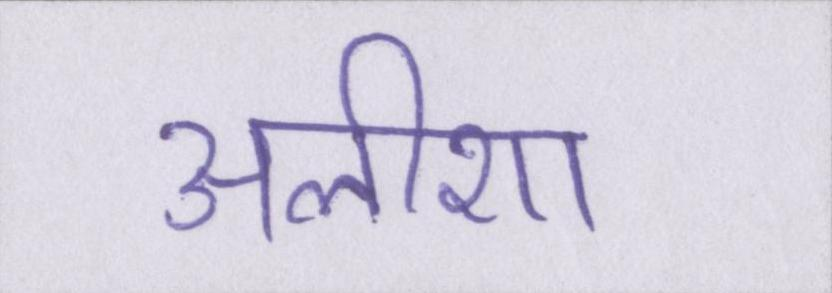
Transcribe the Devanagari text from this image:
अलीशा